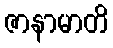
ဇာနာမာတိ